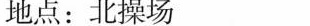
地点：北操场